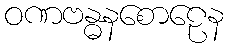
ဝဏဗန္ဓနစောဠေန